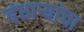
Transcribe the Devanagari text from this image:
बंधाऱ्यांचा